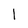
Character: 1